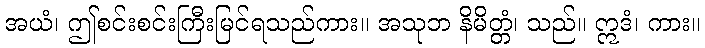
အယံ၊ ဤစင်းစင်းကြီးမြင်ရသည်ကား။ အသုဘ နိမိတ္တံ၊ သည်။ ဣဒံ၊ ကား။